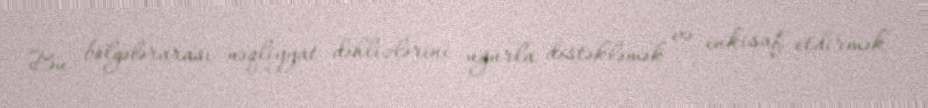
Bu bölgələrarası nəqliyyat dəhlizlərini uğurla dəstəkləmək və inkişaf etdirmək